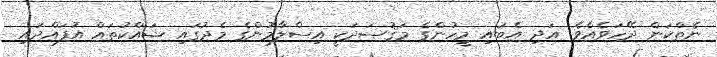
ނެތްކަން ދޭހަވެއެވެ. އަދި އެބައި މީހުންގެ މަޤުޞަދަކީ އިސްލާމުންގެ މެދުގައި ޝައްކުތައް އުފައްދައި